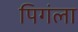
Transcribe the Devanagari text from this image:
पिगंला